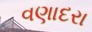
વણાદરા